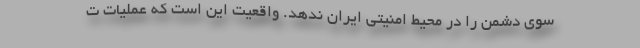
سوی دشمن را در محیط امنیتی ایران ندهد. واقعیت این است که عملیات ت